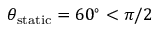
\theta _ { \mathrm { s t a t i c } } = 6 0 ^ { \circ } < \pi / 2